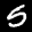
Label: 5